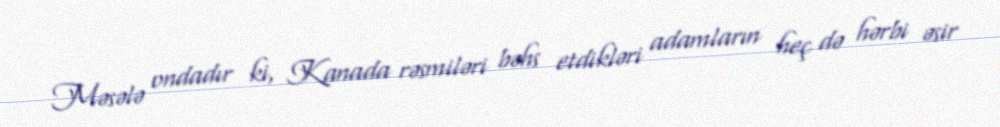
Məsələ ondadır ki, Kanada rəsmiləri bəhs etdikləri adamların heç də hərbi əsir